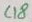
Text: C18